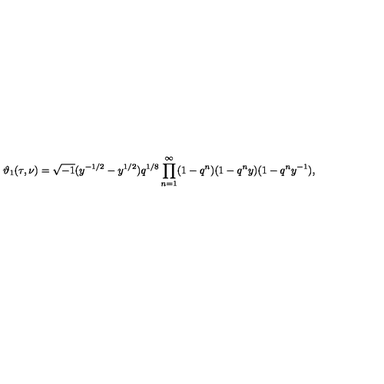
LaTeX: \vartheta _ { 1 } ( \tau , \nu ) = \sqrt { - 1 } ( y ^ { - 1 / 2 } - y ^ { 1 / 2 } ) q ^ { 1 / 8 } \prod _ { n = 1 } ^ { \infty } ( 1 - q ^ { n } ) ( 1 - q ^ { n } y ) ( 1 - q ^ { n } y ^ { - 1 } ) ,